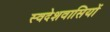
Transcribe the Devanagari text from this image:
स्वदेशवासियों